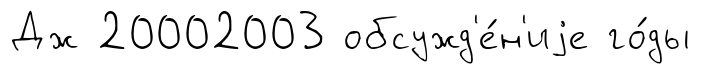
Дж 20002003 обсужд'е́н'иjе го́ды